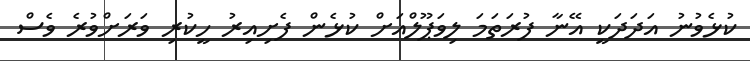
ކުޅެވުނު އަދަދަކީ އޭނާ ފުރަތަމަ ލިވަޕޫލްއަށް ކުޅެން ފެށިއިރު ހީކުރި ވަރަށްވުރެ ވެސް